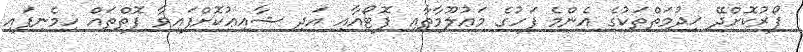
ފޯރުކޮށްދޭ ޚިދުމަތްތަކުގެ އެންމެ ފަހުގެ މަޢުލޫމާތާއި ފޮޓޯއާއި އަދި ޝާއިޢުކޮށްފައިވާ ފޮތްތައް ހިމެނިފައި